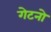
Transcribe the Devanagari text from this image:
गेटनो